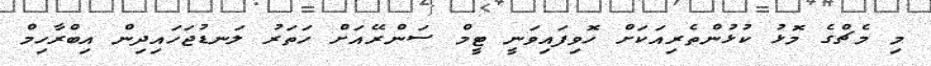
މި މެޗްގެ މޮޅު ކުޅުންތެރިއަކަށް ހޮވިފައިވަނީ ޓީމް ސަންރޭއަށް ހަތަރު ލަނޑުޖަހައިދިން އިބްރާހިމް